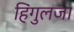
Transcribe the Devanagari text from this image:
हिंगुलजा